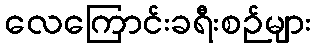
လေကြောင်းခရီးစဉ်များ